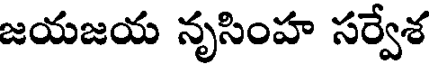
జయజయ నృసింహ సర్వేశ